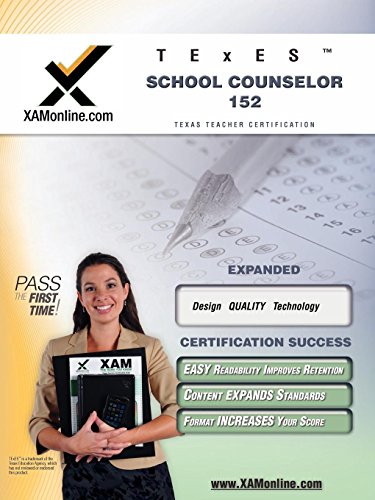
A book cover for TExES School Counselor 152 Teacher Certification Test Prep Study Guide (XAM TEXES); Sharon Wynne; Test Preparation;